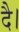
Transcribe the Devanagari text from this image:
दै।